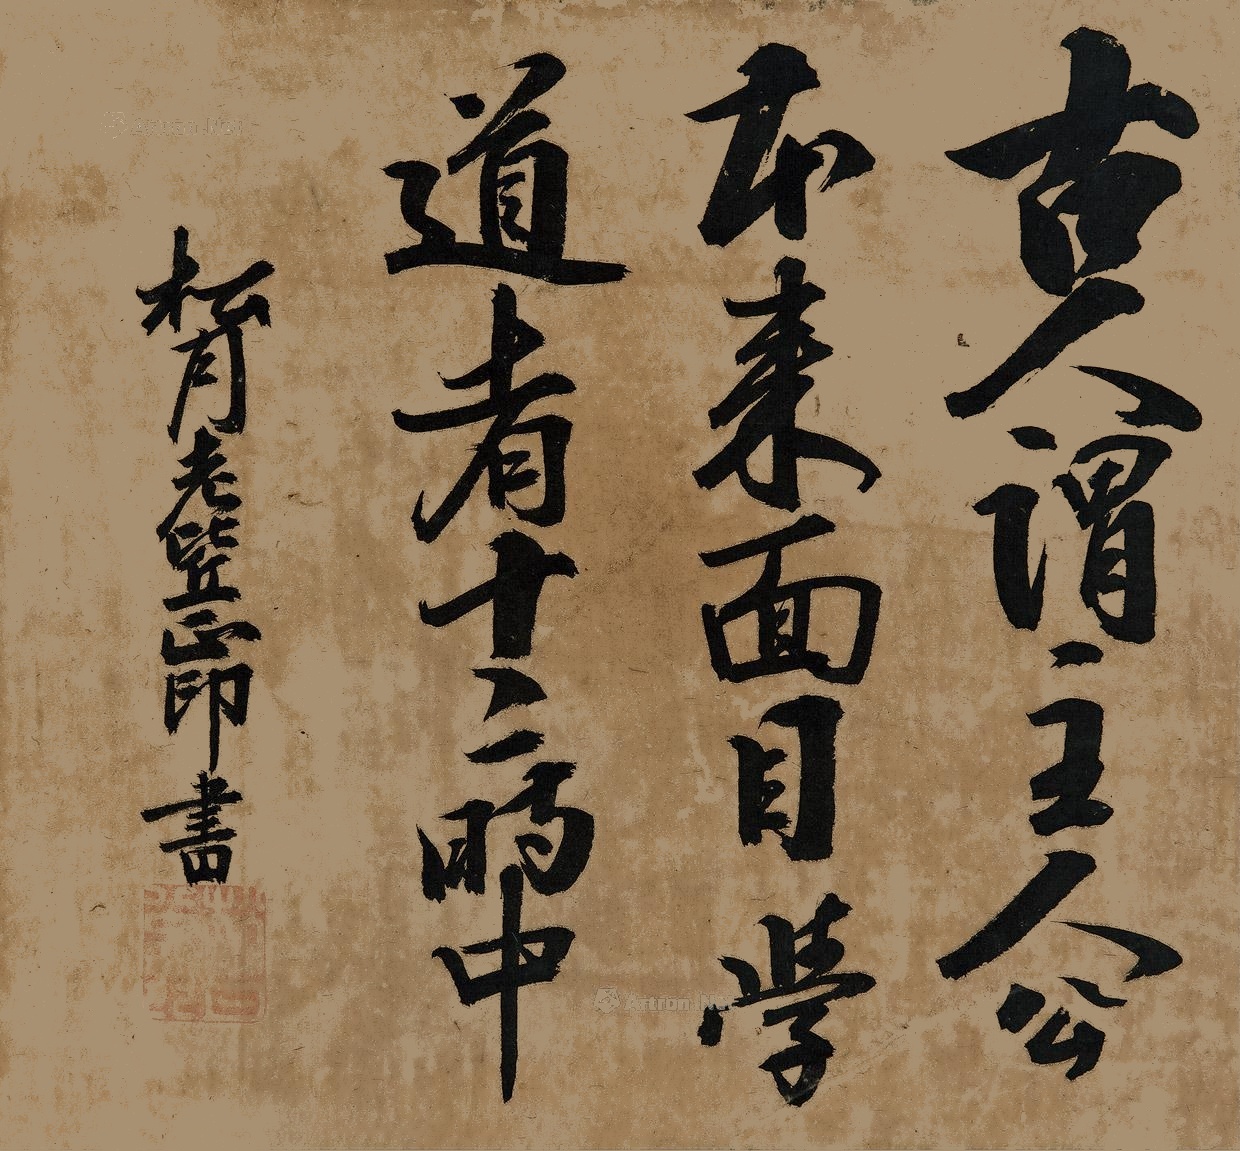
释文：古人谓主人公本来面目，学道者十二时中。松月老比丘正印书。